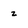
Character: z